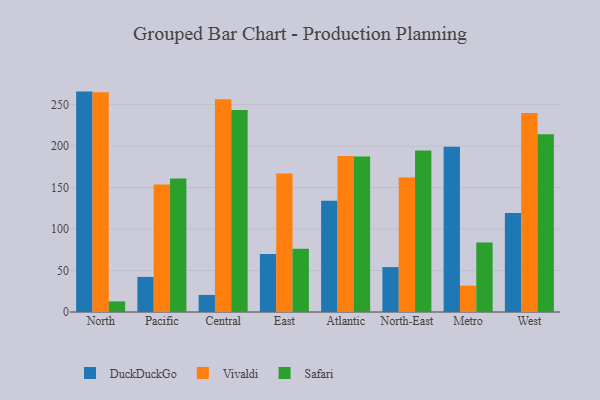
{"axis": {"x": "Region", "y": "Market Share (%)"}, "legend": ["DuckDuckGo", "Safari", "Vivaldi"], "data": [{"x": "North", "y": 265.6, "type": "DuckDuckGo"}, {"x": "North", "y": 264.8, "type": "Vivaldi"}, {"x": "North", "y": 12.8, "type": "Safari"}, {"x": "Pacific", "y": 42.3, "type": "DuckDuckGo"}, {"x": "Pacific", "y": 153.6, "type": "Vivaldi"}, {"x": "Pacific", "y": 160.9, "type": "Safari"}, {"x": "Central", "y": 20.6, "type": "DuckDuckGo"}, {"x": "Central", "y": 256.3, "type": "Vivaldi"}, {"x": "Central", "y": 243.4, "type": "Safari"}, {"x": "East", "y": 69.9, "type": "DuckDuckGo"}, {"x": "East", "y": 166.8, "type": "Vivaldi"}, {"x": "East", "y": 76.3, "type": "Safari"}, {"x": "Atlantic", "y": 134.1, "type": "DuckDuckGo"}, {"x": "Atlantic", "y": 188.0, "type": "Vivaldi"}, {"x": "Atlantic", "y": 187.4, "type": "Safari"}, {"x": "North-East", "y": 54.1, "type": "DuckDuckGo"}, {"x": "North-East", "y": 162.1, "type": "Vivaldi"}, {"x": "North-East", "y": 194.7, "type": "Safari"}, {"x": "Metro", "y": 199.1, "type": "DuckDuckGo"}, {"x": "Metro", "y": 31.8, "type": "Vivaldi"}, {"x": "Metro", "y": 83.8, "type": "Safari"}, {"x": "West", "y": 119.3, "type": "DuckDuckGo"}, {"x": "West", "y": 239.9, "type": "Vivaldi"}, {"x": "West", "y": 214.1, "type": "Safari"}]}